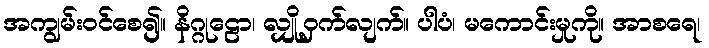
အကျွမ်းဝင်စေ၍။ နိဂ္ဂုဠော၊ လျှို့ဝှက်လျက်။ ပါပံ၊ မကောင်းမှုကို။ အာစရေ၊